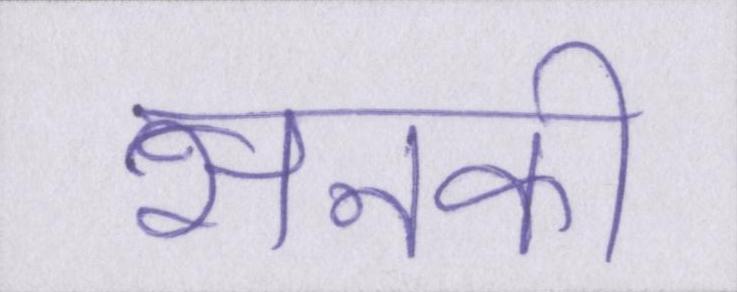
सनकी